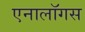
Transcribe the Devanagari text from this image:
एनालॉगस